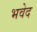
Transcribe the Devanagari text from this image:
भवेद